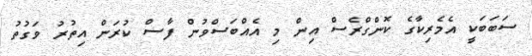
ސަބަބަކީ އެމެރިކާގެ ކޮންގްރެސް އިން މި އެއްބަސްވުން ފާސް ކުރަން އިތުރުު ވަގުތު